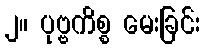
၂။ ပုဗ္ဗကိစ္စ မေးခြင်း